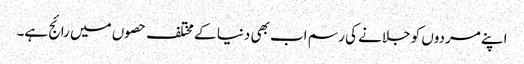
اپنے مردوں کو جلانے کی رسم اب بھی دنیا کے مختلف حصوں میں رائج ہے۔